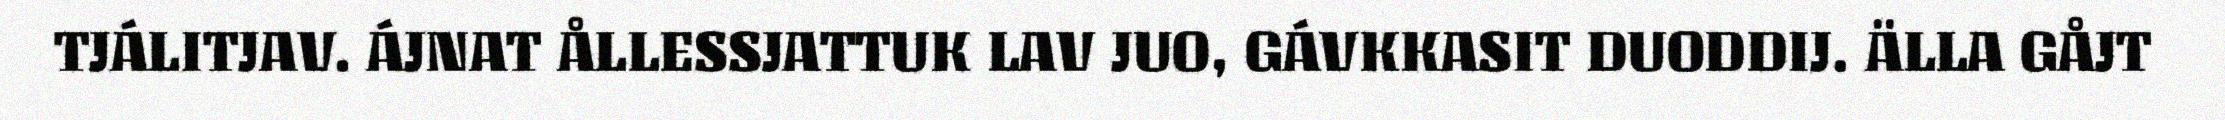
TJÁLITJAV. ÁJNAT ÅLLESSJATTUK LAV JUO, GÁVKKASIT DUODDIJ. ÄLLA GÅJT